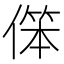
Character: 𱏈